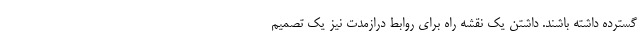
گسترده داشته باشند. داشتن یک نقشه راه برای روابط درازمدت نیز یک تصمیم